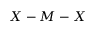
X - M - X